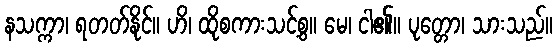
နသက္ကာ၊ ရတတ်နိုင်။ ဟိ၊ ထိုစကားသင့်စွ။ မေ၊ ငါ၏။ ပုတ္တော၊ သားသည်။